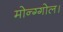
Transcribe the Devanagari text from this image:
मोन्ग्गोल।